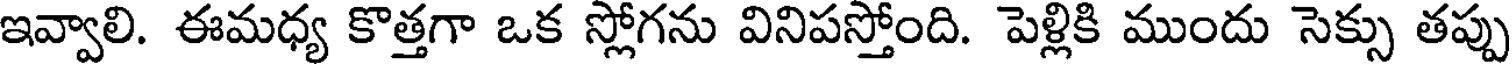
ఇవ్వాలి. ఈమధ్య కొత్తగా ఒక స్లోగను వినిపస్తోంది. పెళ్లికి ముందు సెక్సు తప్పు